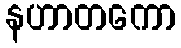
နဟာတကော